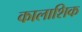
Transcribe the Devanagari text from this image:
कालाशिक